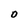
Character: O